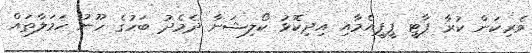
ވެރިކަން ކުރާ ޕާޓީ ޕީޕީއެމާއި އިދިކޮޅު ކޯލިޝަނާ ދެމެދު ބަހުގެ ހޫނު ހަމަލާތައް